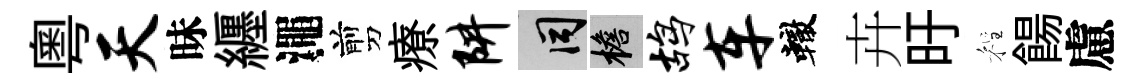
粵天昧纒澠剪療阱间檐鸪车轍卉旴程餳慮